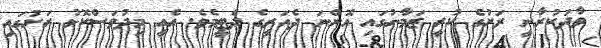
ވާދަކުރާނީ ރަށުގެ ކުރީ ޒަމާނުގައި އޮންނަ ދެއަރީގެ ދެޓީމެވެ. އެއީ މިދުވަސްކޮޅު ރަށުގައި